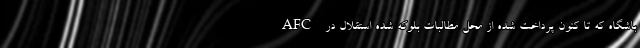
باشگاه که تا کنون پرداخت شده از محل مطالبات بلوکه شده استقلال در AFC